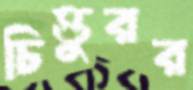
চিত্তুরর